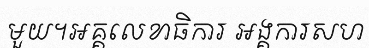
មួយ។អគ្គលេខាធិការ អង្គការសហ